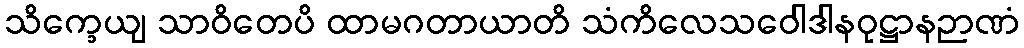
သိက္ခေယျ သာဝိတေပိ ထာမဂတာယာတိ သံကိလေသဝေါဒါနဝုဋ္ဌာနဉာဏံ